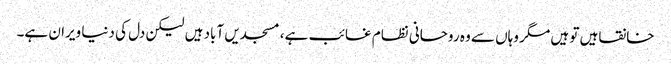
خانقاہیں تو ہیں مگر وہاں سے وہ روحانی نظام غائب ہے، مسجدیں آباد ہیں لیکن دل کی دنیا ویران ہے۔